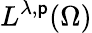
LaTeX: L^{\lambda,\mathsf{p}}(\Omega)